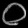
Digit: ၀